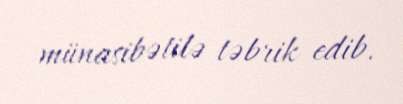
münasibətilə təbrik edib.